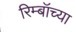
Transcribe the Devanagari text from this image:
रिम्बॉच्या